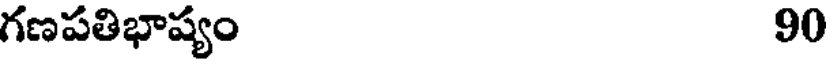
గణపతిభాష్యం 90